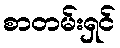
စာတမ်းရှင်